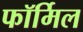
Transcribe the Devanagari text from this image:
फॉर्मिल